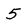
Character: 5